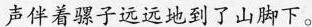
声伴着骡子远远地到了山脚下。